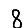
Digit: 8